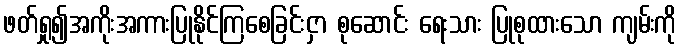
ဖတ်ရှု၍အကိုးအကားပြုနိုင်ကြစေခြင်းငှာ စုဆောင်း ရေးသား ပြုစုထားသော ကျမ်းကို